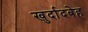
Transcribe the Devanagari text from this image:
खुर्दादबेह